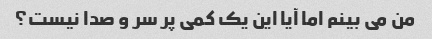
من می بینم اما آیا این یک کمی پر سر و صدا نیست؟